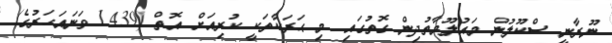
ނޫރާނީ ސްކޫލުން މައުލޫމާތުދިން ގޮތުގައި މި ޙަރަކާތަކީ ކުރިއަށް އޮތް (1439 ވަނައަހަރުގެ)